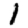
Digit: 1